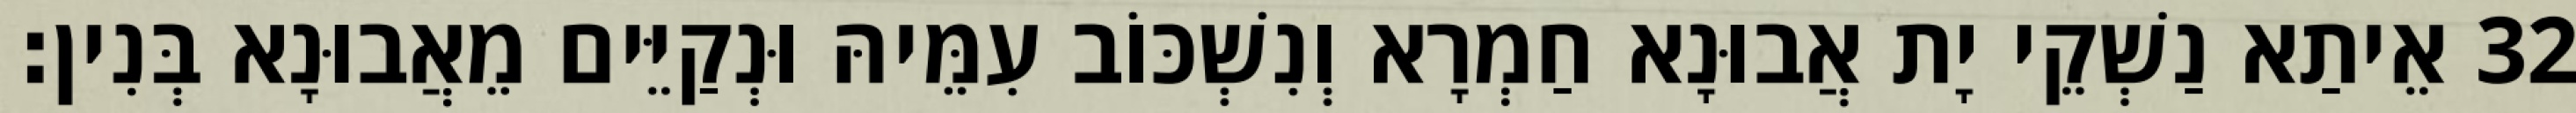
32 אֵיתַא נַשְׁקֵי יָת אֲבוּנָא חַמְרָא וְנִשְׁכּוֹב עִמֵּיהּ וּנְקַיֵּים מֵאֲבוּנָא בְּנִין׃